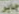
جابر